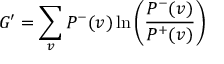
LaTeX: G ^ { \prime } = \sum _ { v } { P ^ { - } ( v ) \ln \left( { \frac { P ^ { - } ( v ) } { P ^ { + } ( v ) } } \right) }